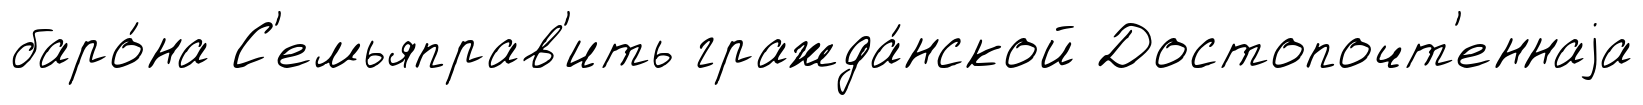
баро́на С'емьяправ'ить гражда́нской Достопочт'еннаjа